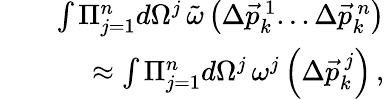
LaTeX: \begin{array}{rlr}&{}&{\int\Pi_{j=1}^{n}d\Omega^{j}\, \tilde{\omega}\left(\Delta\vec{p}_{k}^{\, 1}...\Delta\vec{p}_{k}^{\, n}\right)}\\ &{}&{\approx\int\Pi_{j=1}^{n}d\Omega^{j}\, \omega^{j}\left(\Delta\vec{p}_{k}^{\, j}\right)\, ,}\end{array}